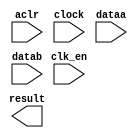
// megafunction wizard: %ALTFP_MULT%VBB%
// GENERATION: STANDARD
// VERSION: WM1.0
// MODULE: ALTFP_MULT 

// ============================================================
// Megafunction Name(s):
// 			ALTFP_MULT
//
// Simulation Library Files(s):
// 			lpm
// ============================================================
// ************************************************************
// THIS IS A WIZARD-GENERATED FILE. DO NOT EDIT THIS FILE!
//
// 15.0.0 Build 145 04/22/2015 Patches 0.01we SJ Web Edition
// ************************************************************

//Copyright (C) 1991-2015 Altera Corporation. All rights reserved.
//Your use of Altera Corporation's design tools, logic functions 
//and other software and tools, and its AMPP partner logic 
//functions, and any output files from any of the foregoing 
//(including device programming or simulation files), and any 
//associated documentation or information are expressly subject 
//to the terms and conditions of the Altera Program License 
//Subscription Agreement, the Altera Quartus II License Agreement,
//the Altera MegaCore Function License Agreement, or other 
//applicable license agreement, including, without limitation, 
//that your use is for the sole purpose of programming logic 
//devices manufactured by Altera and sold by Altera or its 
//authorized distributors.  Please refer to the applicable 
//agreement for further details.

module mult_fun (
	aclr,
	clk_en,
	clock,
	dataa,
	datab,
	result)/* synthesis synthesis_clearbox = 1 */;

	input	  aclr;
	input	  clk_en;
	input	  clock;
	input	[31:0]  dataa;
	input	[31:0]  datab;
	output	[31:0]  result;

endmodule

// ============================================================
// CNX file retrieval info
// ============================================================
// Retrieval info: LIBRARY: altera_mf altera_mf.altera_mf_components.all
// Retrieval info: PRIVATE: FPM_FORMAT STRING "Single"
// Retrieval info: PRIVATE: INTENDED_DEVICE_FAMILY STRING "Cyclone V"
// Retrieval info: CONSTANT: DEDICATED_MULTIPLIER_CIRCUITRY STRING "YES"
// Retrieval info: CONSTANT: DENORMAL_SUPPORT STRING "NO"
// Retrieval info: CONSTANT: EXCEPTION_HANDLING STRING "NO"
// Retrieval info: CONSTANT: INTENDED_DEVICE_FAMILY STRING "UNUSED"
// Retrieval info: CONSTANT: LPM_HINT STRING "UNUSED"
// Retrieval info: CONSTANT: LPM_TYPE STRING "altfp_mult"
// Retrieval info: CONSTANT: PIPELINE NUMERIC "5"
// Retrieval info: CONSTANT: REDUCED_FUNCTIONALITY STRING "NO"
// Retrieval info: CONSTANT: ROUNDING STRING "TO_NEAREST"
// Retrieval info: CONSTANT: WIDTH_EXP NUMERIC "8"
// Retrieval info: CONSTANT: WIDTH_MAN NUMERIC "23"
// Retrieval info: USED_PORT: aclr 0 0 0 0 INPUT NODEFVAL "aclr"
// Retrieval info: CONNECT: @aclr 0 0 0 0 aclr 0 0 0 0
// Retrieval info: USED_PORT: clk_en 0 0 0 0 INPUT NODEFVAL "clk_en"
// Retrieval info: CONNECT: @clk_en 0 0 0 0 clk_en 0 0 0 0
// Retrieval info: USED_PORT: clock 0 0 0 0 INPUT NODEFVAL "clock"
// Retrieval info: CONNECT: @clock 0 0 0 0 clock 0 0 0 0
// Retrieval info: USED_PORT: dataa 0 0 32 0 INPUT NODEFVAL "dataa[31..0]"
// Retrieval info: CONNECT: @dataa 0 0 32 0 dataa 0 0 32 0
// Retrieval info: USED_PORT: datab 0 0 32 0 INPUT NODEFVAL "datab[31..0]"
// Retrieval info: CONNECT: @datab 0 0 32 0 datab 0 0 32 0
// Retrieval info: USED_PORT: result 0 0 32 0 OUTPUT NODEFVAL "result[31..0]"
// Retrieval info: CONNECT: result 0 0 32 0 @result 0 0 32 0
// Retrieval info: GEN_FILE: TYPE_NORMAL mult_fun.v TRUE FALSE
// Retrieval info: GEN_FILE: TYPE_NORMAL mult_fun.qip TRUE FALSE
// Retrieval info: GEN_FILE: TYPE_NORMAL mult_fun.bsf TRUE TRUE
// Retrieval info: GEN_FILE: TYPE_NORMAL mult_fun_inst.v TRUE TRUE
// Retrieval info: GEN_FILE: TYPE_NORMAL mult_fun_bb.v TRUE TRUE
// Retrieval info: GEN_FILE: TYPE_NORMAL mult_fun.inc TRUE TRUE
// Retrieval info: GEN_FILE: TYPE_NORMAL mult_fun.cmp TRUE TRUE
// Retrieval info: LIB_FILE: lpm